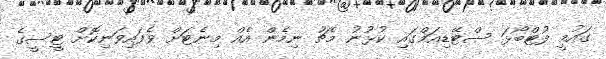
ގައުމީ ފުޓްބޯޅަ ސްޓޭޑިއަމްގައި ކުޅުނު މެޗު ނިމެން އެއް މިނެޓަށް ވެފައިވަނިކޮށް ޓީސީގެ